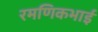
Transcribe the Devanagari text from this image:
रमणिकभाई